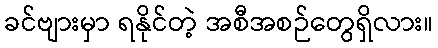
ခင်ဗျားမှာ ရနိုင်တဲ့ အစီအစဉ်တွေရှိလား။